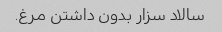
سالاد سزار بدون داشتن مرغ.